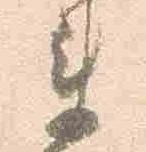
衛